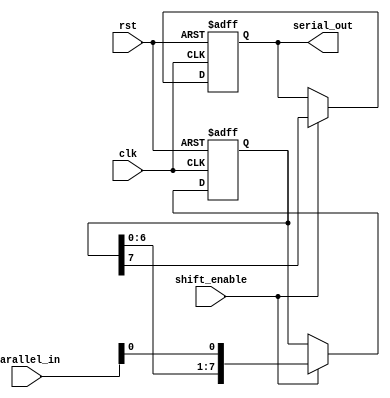
module PISO (
    input wire clk,
    input wire rst,
    input wire shift_enable,
    input wire [7:0] parallel_in,
    output reg serial_out
);

reg [7:0] reg_data;

always @(posedge clk or posedge rst) begin
    if (rst) begin
        reg_data <= 8'b0;
        serial_out <= 1'b0;
    end else if (shift_enable) begin
        reg_data <= {reg_data[6:0], parallel_in[0]};
        serial_out <= reg_data[7];
    end
end

endmodule